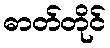
ဓာတ်တိုင်